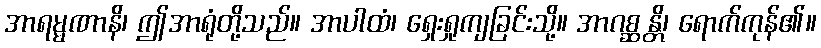
အာရမ္မဏာနိ၊ ဤအာရုံတို့သည်။ အာပါထံ၊ ရှေးရှုကျခြင်းသို့။ အာဂစ္ဆန္တိ၊ ရောက်ကုန်၏။